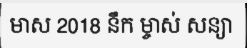
មាស 2018 នឹក ម្ចាស់ សន្យា